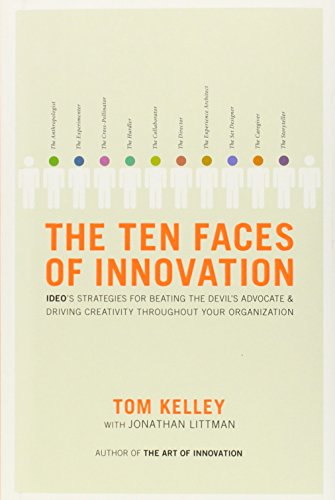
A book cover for The Ten Faces of Innovation: IDEO's Strategies for Defeating the Devil's Advocate and Driving Creativity Throughout Your Organization; Tom Kelley; Business & Money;